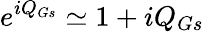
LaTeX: e^{iQ_{Gs}}\simeq 1+iQ_{Gs}